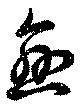
恋